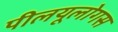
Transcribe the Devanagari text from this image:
पीलयूलोगस